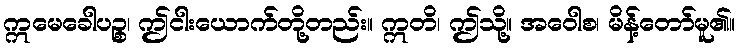
ဣမေခေါပဉ္စ၊ ဤငါးယောက်တို့တည်း။ ဣတိ၊ ဤသို့။ အဝေါစ၊ မိန့်တော်မူ၏။